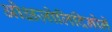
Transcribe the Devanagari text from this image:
ओक्षज़ोलिदिनोने